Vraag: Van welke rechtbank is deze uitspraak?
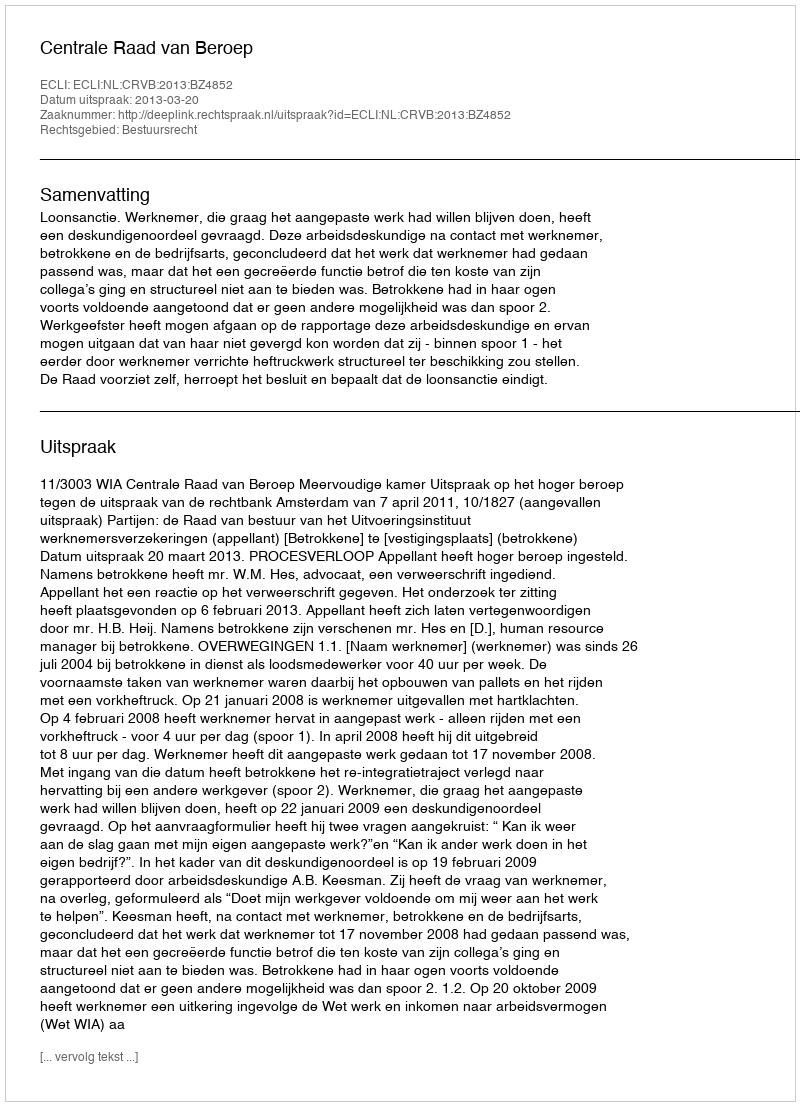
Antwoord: Centrale Raad van Beroep